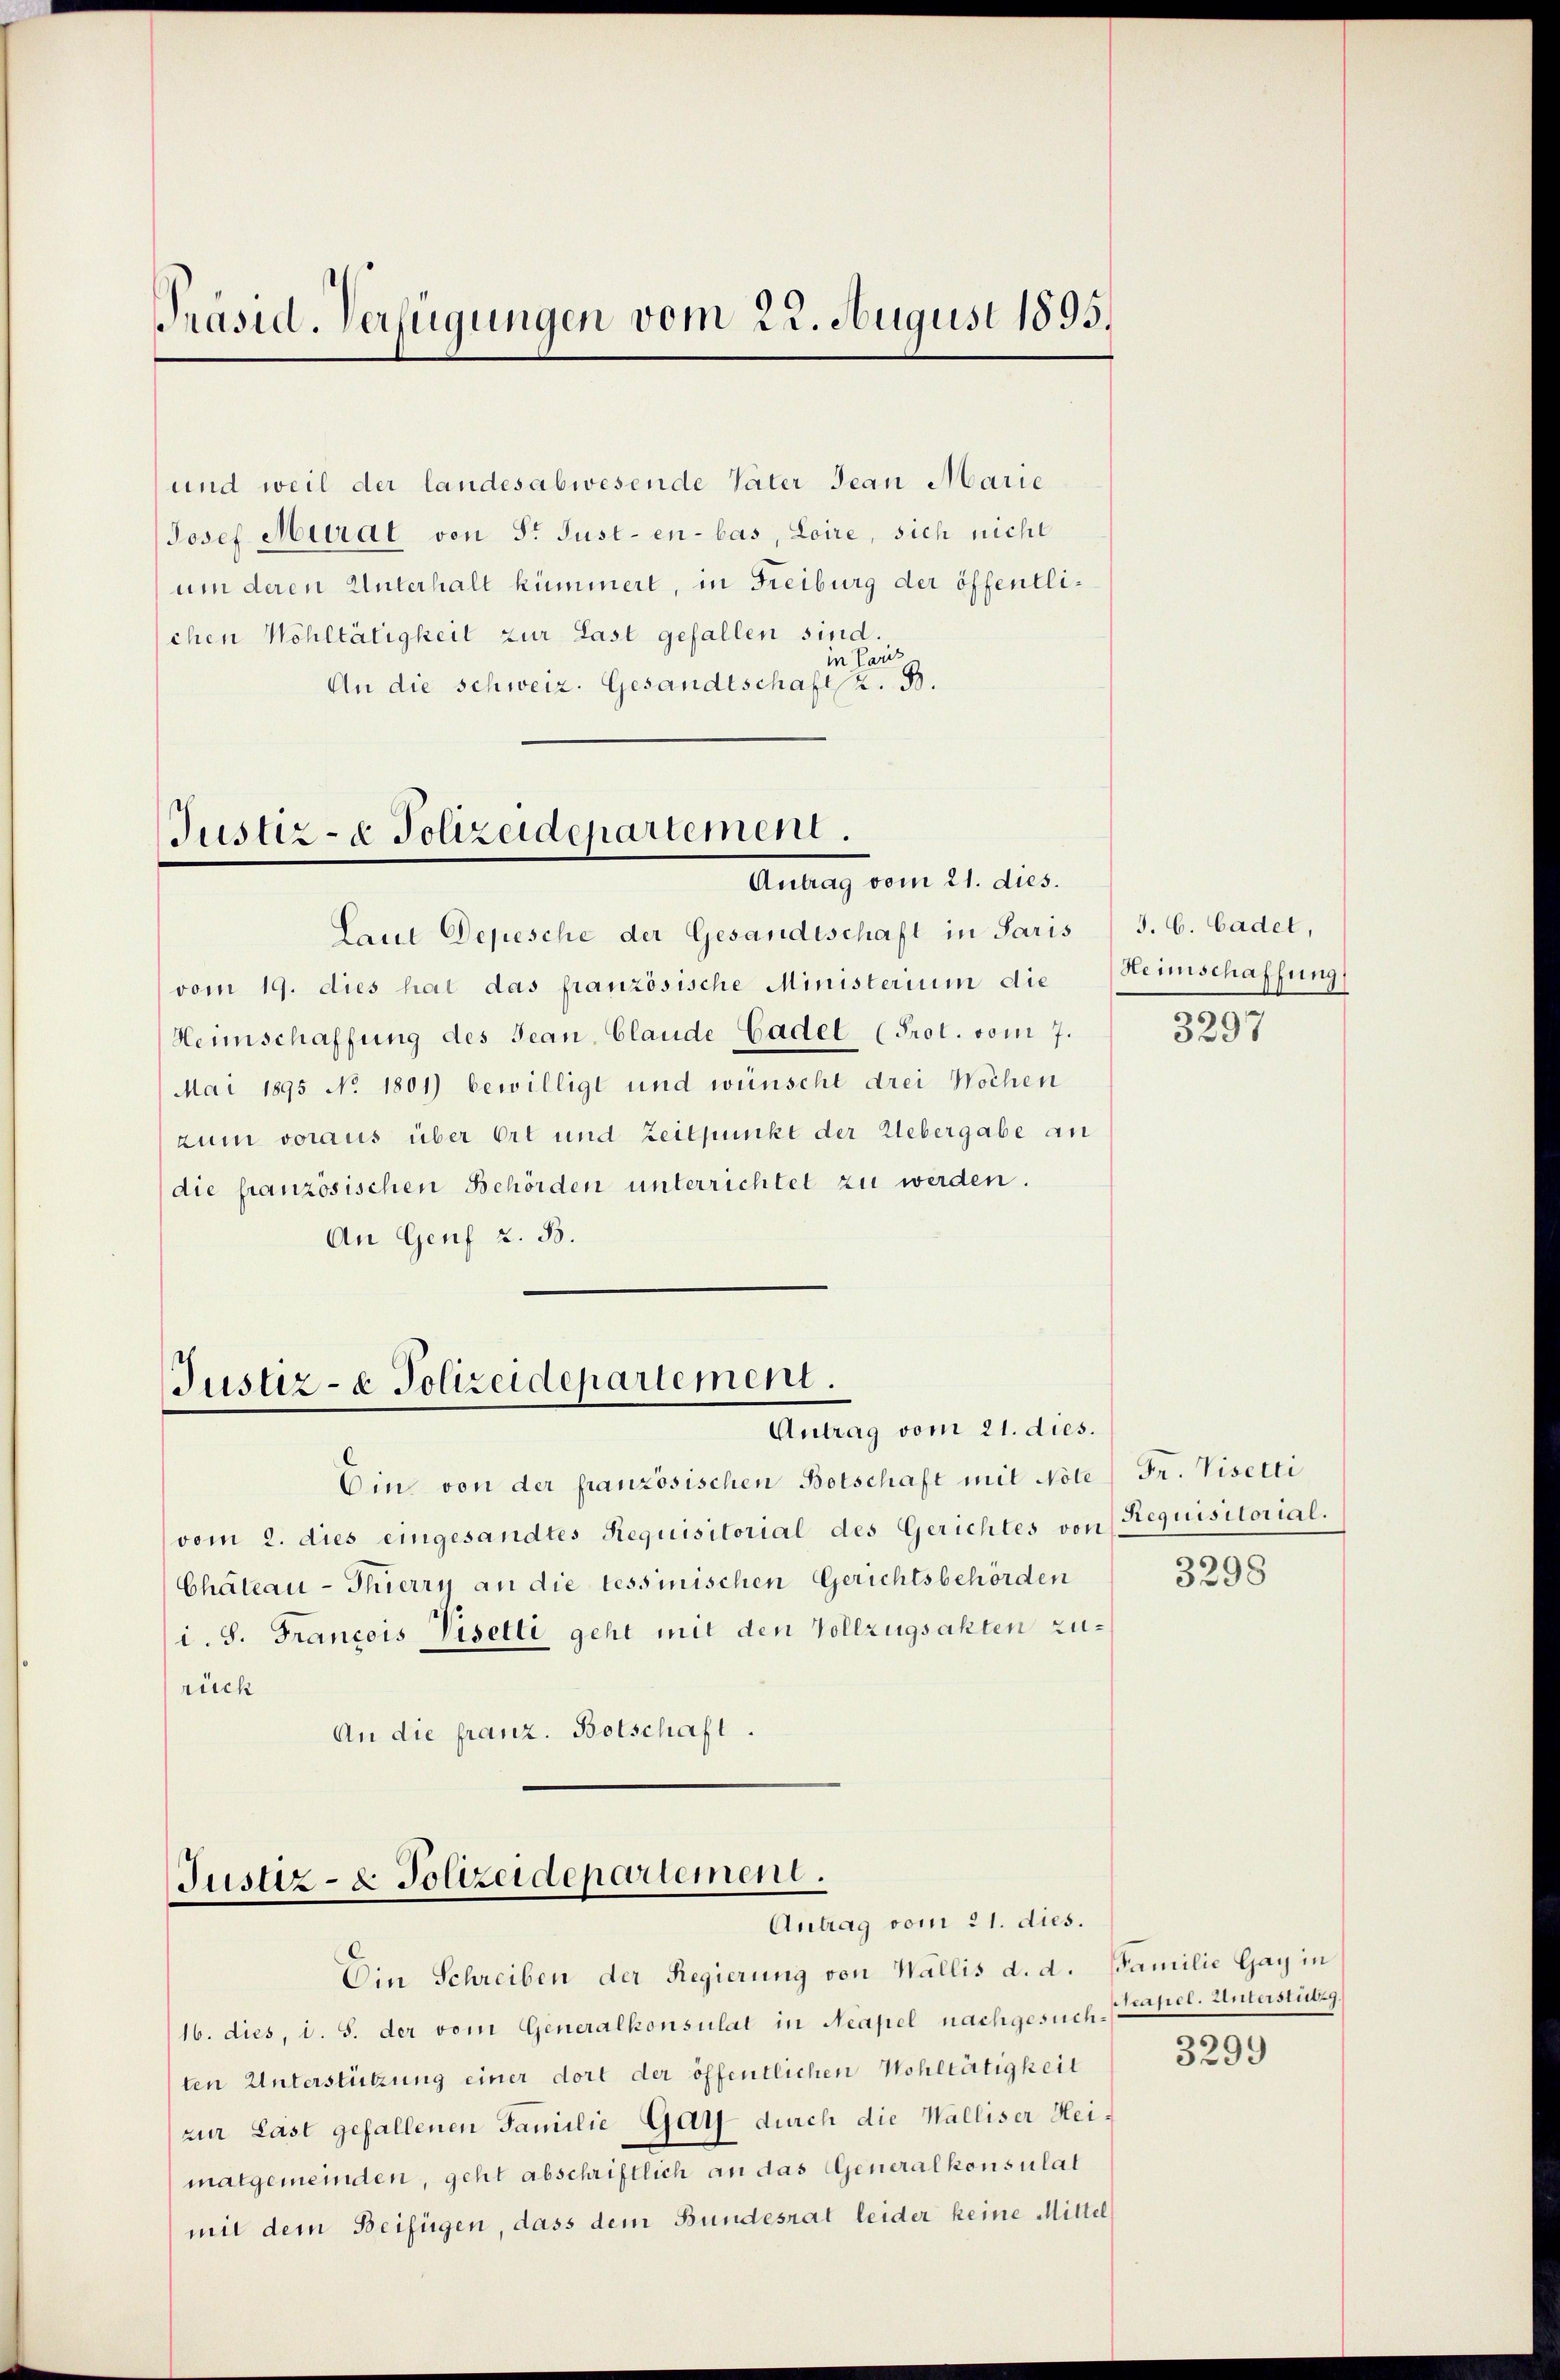
Präsid. Verfügungen vom 22. August 1895.

und weil der landesabwesende Vater Jean Marie
Josef Mural von Sr Just- en - bas, Loire, sich nicht
um deren Unterhalt kümmert, in Freiburg der öffentlichen Wohltätigkeit zur Last gefallen sind.
in Paris,
An die schweiz. Gesandtschaft z. B.

Justiz- & Polizeidepartement.
Antrag vom 21. dies.

Justiz- & Polizeidepartement.
Antrag vom 21. dies.

Laut Depesche der Gesandtschaft in Paris
vom 19. dies hat das französische Ministerium die Heimschaffung
Heimschaffung des Jean Claude Cadet (Prot. vom 7.
Mai 1895 No 1801) bewilligt und wünscht drei Wochen
zum voraus über Ort und Zeitpunkt der Uebergabe an
die französischen Behörden unterrichtet zu werden.
An Genf z. B.

Justiz- & Polizeidepartement.
Antrag vom 21. dies.

Ein Schreiben der Regierung von Wallis d. d. Familie Gay in

Ein von der französischen Botschaft mit Note
vom 2. dies eingesandtes Requisitorial des Gerichtes von Requisitorial.
Chateau - Thierry an die tessinischen Gerichtsbehörden
i. S. Francois Visetti geht mit den Vollzugsakten zurüch
An die franz. Botschaft.

(16. dies, d. S. der vom Generalkonsulat in Neapel nachgesuch Prehel. Unterstützg
ten Unterstützung einer dort der öffentlichen Wohltätigkeit
zur Last gefallenen Familie Gatz- durch die Walliser Heimatgemeinden, geht abschriftlich an das Generalkonsulat
mit dem Beifügen, dass dem Bundesrat leider keine Mittel

J. C. Cadet,

3297

Fr. Visetti

3298

3299